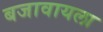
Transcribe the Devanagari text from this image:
बजावायला